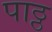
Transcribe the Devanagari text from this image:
पाठ्ठ